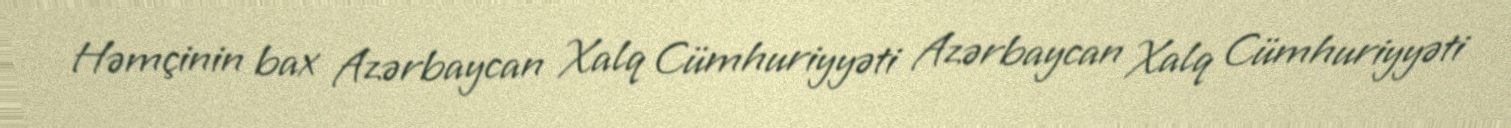
Həmçinin bax Azərbaycan Xalq Cümhuriyyəti Azərbaycan Xalq Cümhuriyyəti